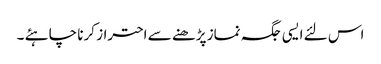
اس لئے ایسی جگہ نماز پڑھنے سے احتراز کرنا چاہئے ۔